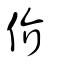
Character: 价